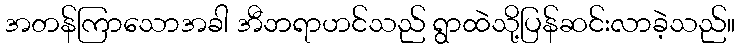
အတန်ကြာသောအခါ အီဘရာဟင်သည် ရွာထဲသို့ပြန်ဆင်းလာခဲ့သည်။